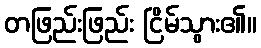
တဖြည်းဖြည်း ငြိမ်သွား၏။